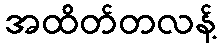
အထိတ်တလန့်